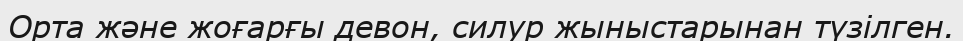
Орта және жоғарғы девон, силур жыныстарынан түзілген.